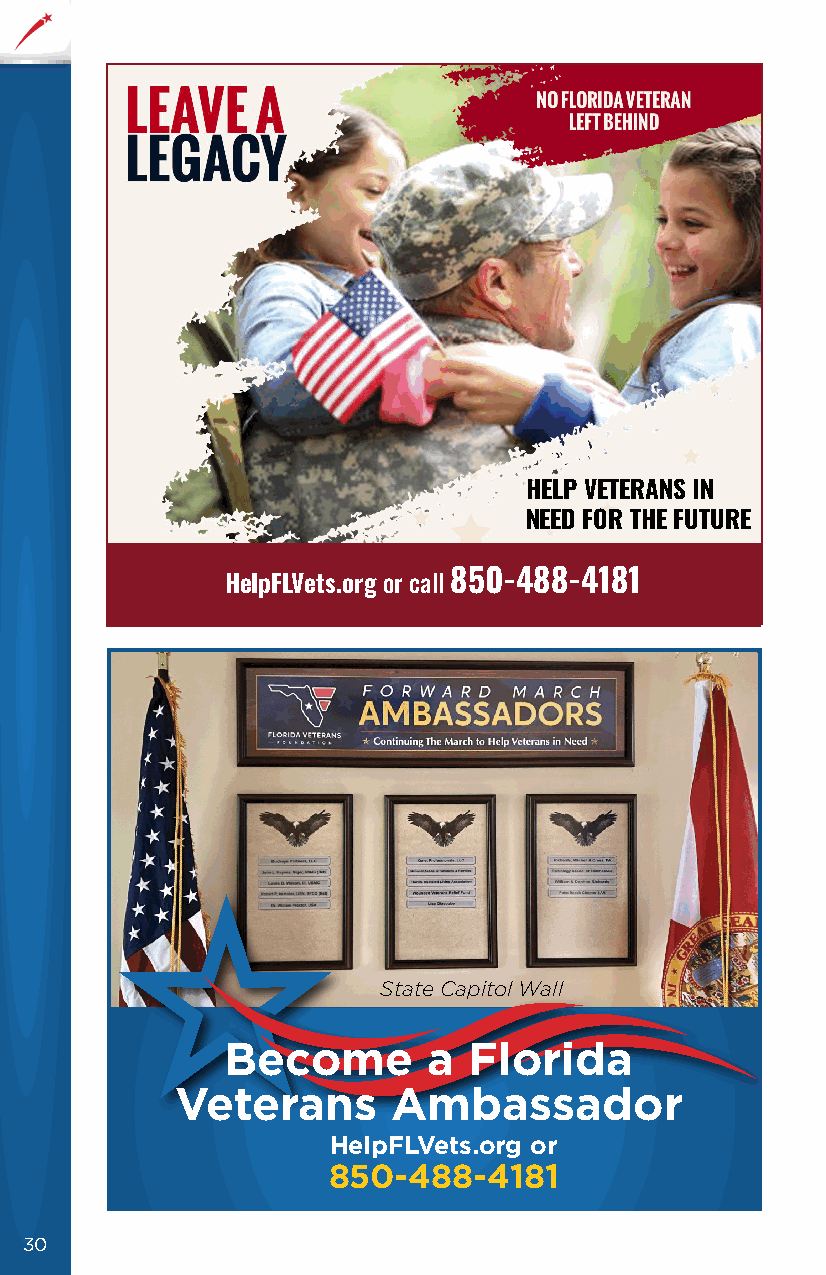
HELP VETERANS IN
 NEED FOR THE FUTURE
 HelpFLVets.org or call 850-488-4181
 State Capitol Wall
 Become       a  Florida
 Veterans      Ambassador
 HelpFLVets.org or
 850-488-4181
 30